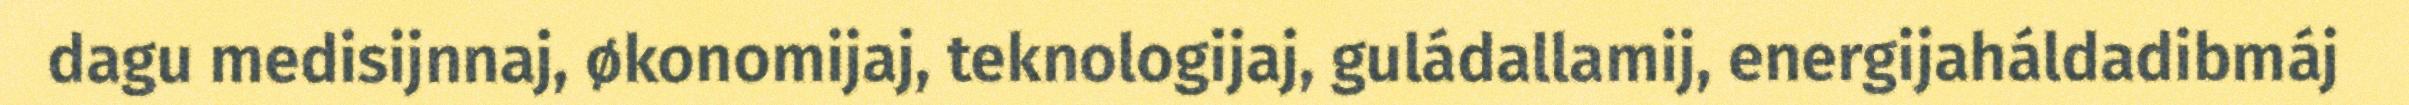
dagu medisijnnaj, økonomijaj, teknologijaj, guládallamij, energijaháldadibmáj